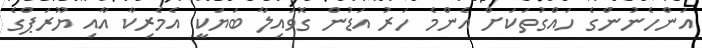
އަންހެނުންގެ ހައްގުތަކަށް އެންމެ ހަރު އަޑުން ގޮވައިލާ ބަޔަކީ އެމެރިކާ އާއި ޔޫރަޕްގެ